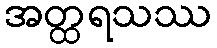
အတ္ထရသဿ